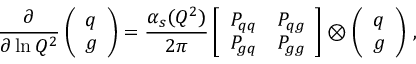
{ \frac { \partial } { \partial \ln Q ^ { 2 } } } \left( \begin{array} { c } { { q } } \\ { { g } } \end{array} \right) = { \frac { \alpha _ { s } ( Q ^ { 2 } ) } { 2 \pi } } \left[ \begin{array} { c c } { { P _ { q q } } } & { { P _ { q g } } } \\ { { P _ { g q } } } & { { P _ { g g } } } \end{array} \right] \otimes \left( \begin{array} { c } { { q } } \\ { { g } } \end{array} \right) \, ,